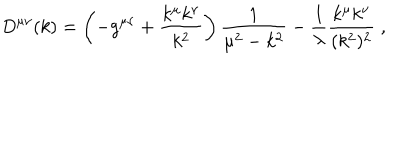
D ^ { \mu \nu } ( k ) = \left( - g ^ { \mu \nu } + \frac { k ^ { \mu } k ^ { \nu } } { k ^ { 2 } } \right) \frac { 1 } { \mu ^ { 2 } - k ^ { 2 } } - \frac { 1 } { \lambda } \frac { k ^ { \mu } k ^ { \nu } } { ( k ^ { 2 } ) ^ { 2 } } \; ,